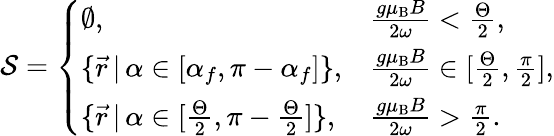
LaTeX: \mathcal{S}=\left\{ \begin{array}{ll}{\emptyset,}&{\frac{g\mu_{\mathrm{B}}B}{2\omega}<\frac{\Theta}{2},}\\ {\{ \vec{r}\, |\, \alpha\in[\alpha_{f},\pi-\alpha_{f}]\} ,}&{\frac{g\mu_{\mathrm{B}}B}{2\omega}\in[\frac{\Theta}{2},\frac{\pi}{2}],}\\ {\{ \vec{r}\, |\, \alpha\in[\frac{\Theta}{2},\pi-\frac{\Theta}{2}]\} ,}&{\frac{g\mu_{\mathrm{B}}B}{2\omega}>\frac{\pi}{2}.}\end{array}\right.